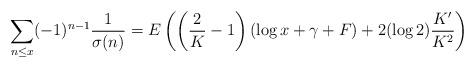
LaTeX: \begin{align*} \sum_{n\le x} (-1)^{n-1} \frac1{\sigma(n)} = E\left( \left(\frac2{K} -1\right) \left(\log x+ \gamma + F \right) +2(\log 2) \frac{K'}{K^2}\right)\end{align*}